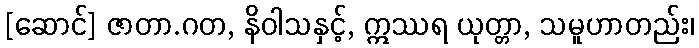
[ဆောင်] ဇာတာ.ဂတ, နိဝါသနှင့်, ဣဿရ ယုတ္တာ, သမူဟာတည်း၊